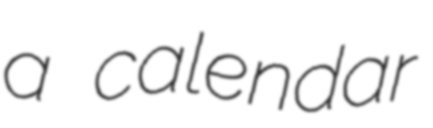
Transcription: a calendar